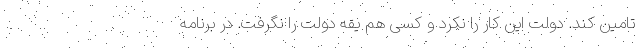
تامین کند. دولت این کار را نکرد و کسی هم یقه دولت را نگرفت. در برنامه